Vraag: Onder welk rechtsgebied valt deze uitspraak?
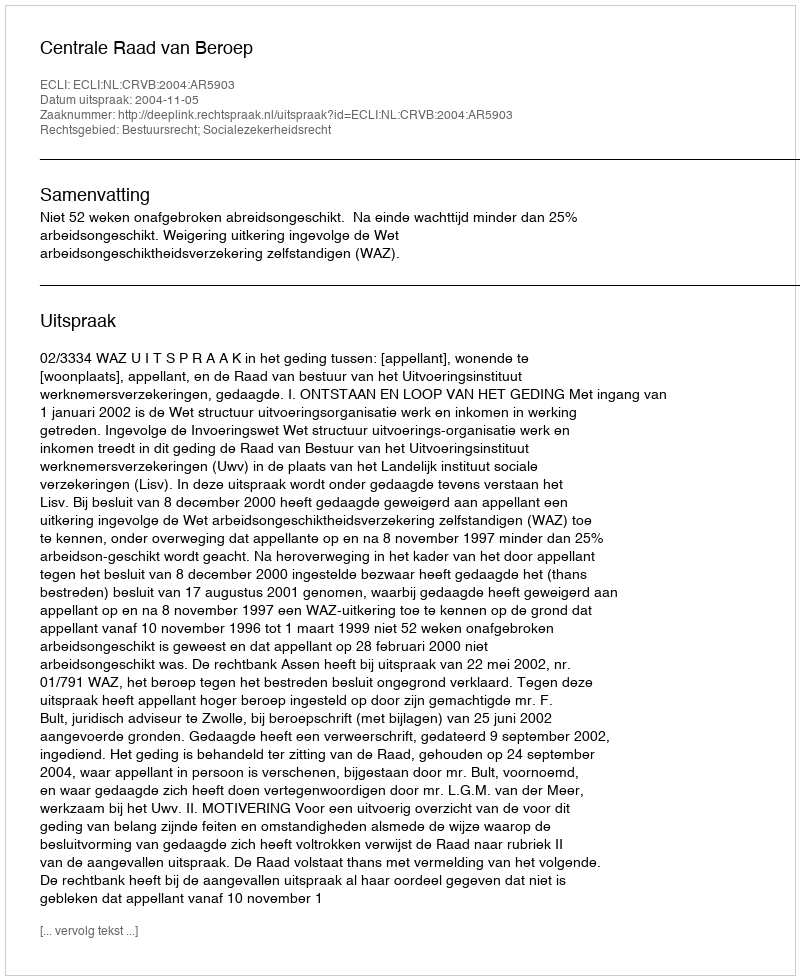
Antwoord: Bestuursrecht; Socialezekerheidsrecht